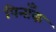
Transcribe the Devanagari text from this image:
पिनाँक